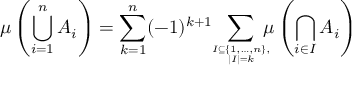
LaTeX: \mu \left( \bigcup _ { i = 1 } ^ { n } A _ { i } \right) = \sum _ { k = 1 } ^ { n } ( - 1 ) ^ { k + 1 } \! \! \sum _ { I \subseteq \{ 1 , \dotsc , n \} , \atop | I | = k } \! \! \! \! \mu \left( \bigcap _ { i \in I } A _ { i } \right)